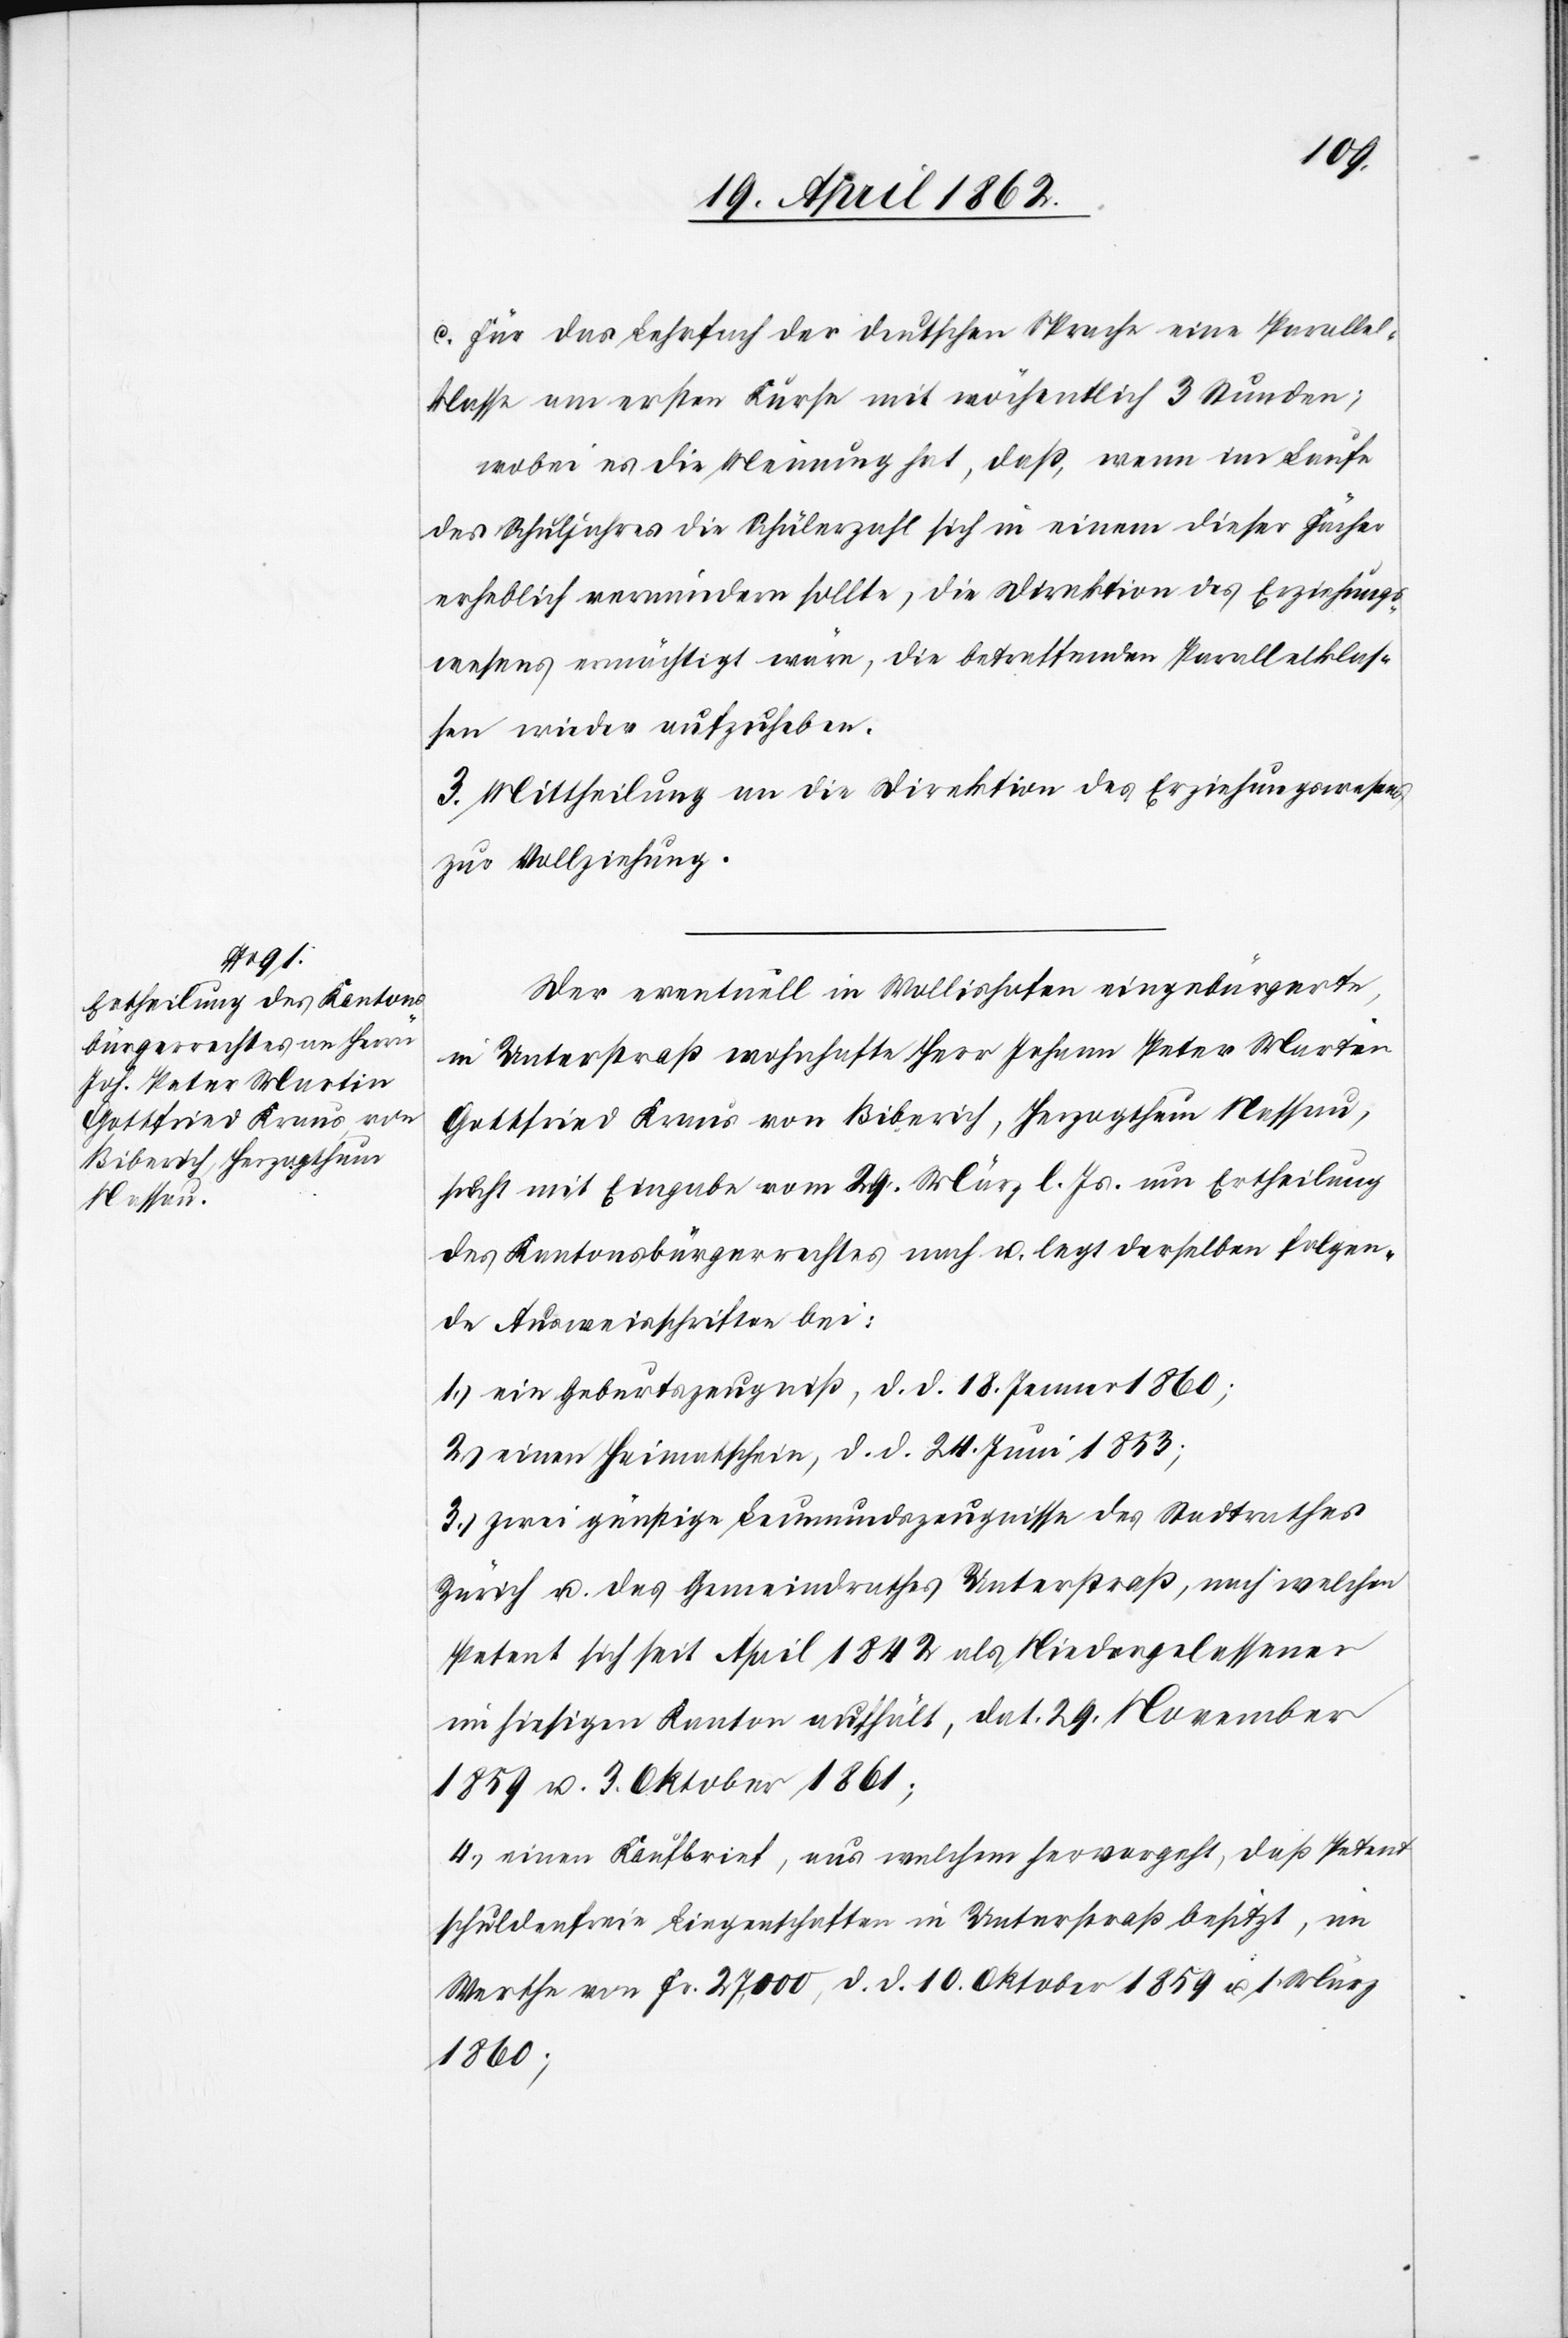
c. für das Lehrfach der deutschen Sprache eine Parallel¬
klasse am ersten Kurse mit wöchentlich 3 Stunden;
wobei es die Meinung hat, daß, wenn im Laufe
des Schuljahres die Schülerzahl sich in einem dieser Fächer
erheblich vermindern sollte, die Direktion des Erziehungs¬
wesens ermächtigt wäre, die betreffenden Parallelklas¬
sen wider aufzuheben.
3. Mittheilung an die Direktion des Erziehungswesens
zur Vollziehung.
Der eventuell in Wollishofen eingebürgerte,
in Unterstraß wohnhafte Herr Johann Peter Martin
Gottfried Kraus von Biberich, Herzogthum Nassau,
sucht mit Eingabe vom 29. Mai l. Js. um Ertheilung
des Kantonsbürgerrechtes nach u. legt derselben folgen¬
de Ausweisschriften bei:
1) ein Geburtszeugniß, d. d. 18. Jenner 1860;
2) einen Heimatschein, d. d. 24. Juni 1853;
3) zwei günstige Leumundszeugnisse des Stadtrathes
Zürich u. des Gemeindrathes Unterstraß, nach welchem
Petent sich seit April 1842 als Niedergelassener
im hiesigen Kanton aufhält, dat. 29. November
1859 u. 3. Oktober 1861;
4) einen Kaufbrief, aus welchem hervorgeht, daß Petent
schuldenfreie Liegenschaften in Unterstraß besitzt, im
Werthe von Fr. 27,000, d. d. 10. Oktober 1859 u. 1. März
1860;